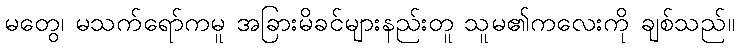
မတွေ၊ မသက်ရော်ကမူ အခြားမိခင်များနည်းတူ သူမ၏ကလေးကို ချစ်သည်။